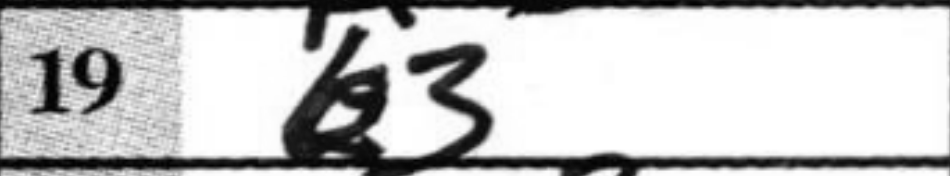
Transcription: b3